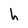
Character: h